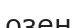
озен